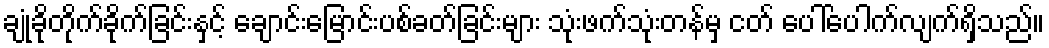
ချုံခိုတိုက်ခိုက်ခြင်းနှင့် ချောင်းမြောင်းပစ်ခတ်ခြင်းများ သုံးဖက်သုံးတန်မှ ငတ် ပေါ်ပေါက်လျက်ရှိသည်။